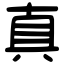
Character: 真